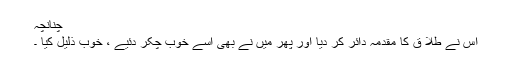
چنانچہ
اس نے طلا ق کا مقدمہ دائر کر دیا اور پھر میں نے بھی اسے خوب چکر دئیے ، خوب ذلیل کیا ۔